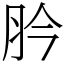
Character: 肣